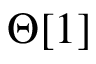
\Theta [ 1 ]